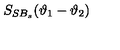
S _ { S B _ { s } } ( \vartheta _ { 1 } - \vartheta _ { 2 } )